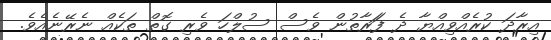
އިރާދަ ކުރެއްވިއްޔާ ދެ ފަަރާތުން ވެސް ސުލްހަ ވެރި ގޮތް ތަކެއް ނެރޭނެއެވެ.